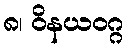
၈၊ ဝိနယဝဂ္ဂ